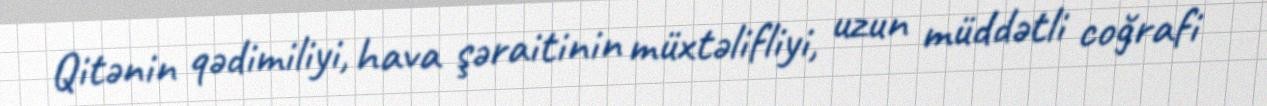
Qitənin qədimiliyi, hava şəraitinin müxtəlifliyi, uzun müddətli coğrafi